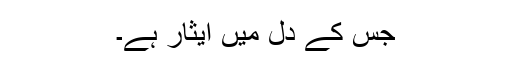
جس کے دل میں ایثار ہے۔